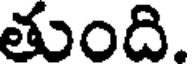
తుంది.